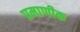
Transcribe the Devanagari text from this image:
प्रमाणीक